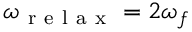
\omega _ { \mathrm { ~ r ~ e ~ l ~ a ~ x ~ } } = 2 \omega _ { f }